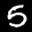
Label: 5